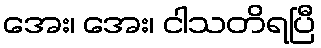
အေး၊ အေး၊ ငါသတိရပြီ